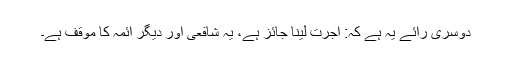
دوسری رائے یہ ہے کہ: اجرت لینا جائز ہے، یہ شافعی اور دیگر ائمہ کا موقف ہے۔